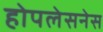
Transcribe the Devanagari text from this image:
होपलेसनेस